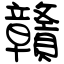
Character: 贛